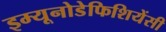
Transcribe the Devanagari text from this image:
इम्यूनोडेफिशियेंसी